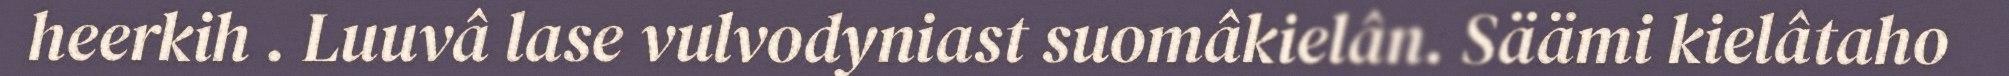
heerkih . Luuvâ lase vulvodyniast suomâkielân. Säämi kielâtaho